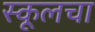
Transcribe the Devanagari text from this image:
स्कूलचा